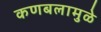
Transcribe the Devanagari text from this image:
कणबलामुळे